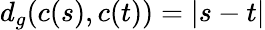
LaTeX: d_{g}(c(s),c(t))=|s-t|